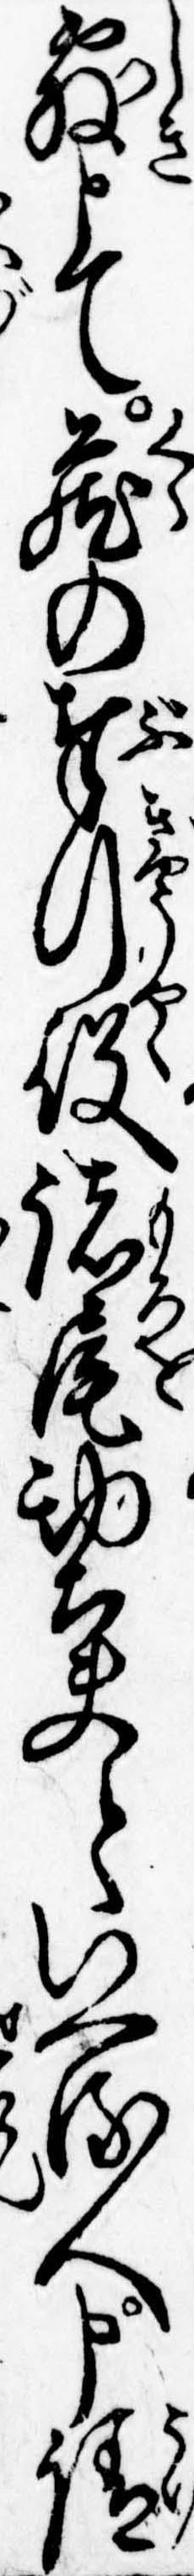
敷とて蔵の奉行役諸尾勘太夫といへる人申請